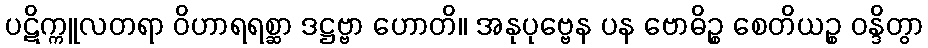
ပဋိက္ကူလတရာ ဝိဟာရရစ္ဆာ ဒဋ္ဌဗ္ဗာ ဟောတိ။ အနုပုဗ္ဗေန ပန ဗောဓိဉ္စ စေတိယဉ္စ ဝန္ဒိတွာ